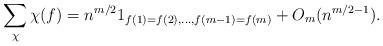
LaTeX: \begin{align*} \sum_\chi \chi(f) = n^{m/2} 1_{f(1) = f(2), \dots, f(m-1) = f(m)} + O_m(n^{m/2-1}).\end{align*}